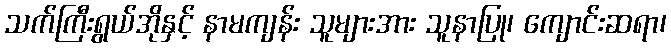
သက်ကြီးရွယ်အိုနှင့် နာမကျန်း သူများအား သူနာပြု၊ ကျောင်းဆရာ၊